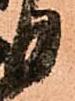
日